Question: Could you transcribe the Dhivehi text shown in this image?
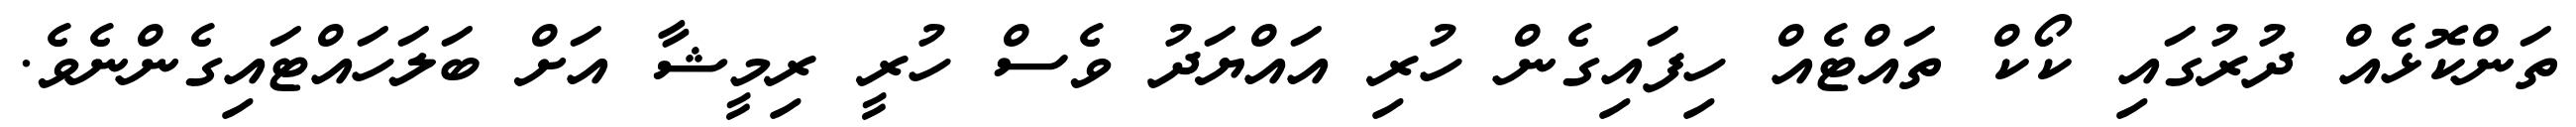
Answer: ތަންކޮޅެއް ދުރުގައި ކޯކް ތައްޓެއް ހިފައިގެން ހުރި އައްޔަދު ވެސް ހުރީ ރިމީޝާ އަށް ބަލަހައްޓައިގެންނެވެ.